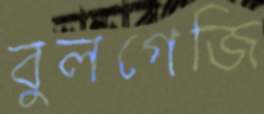
বুলগেজি